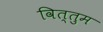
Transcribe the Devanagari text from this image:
वित्तुम